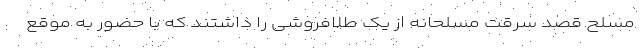
مسلح قصد سرقت مسلحانه از یک طلافروشی را داشتند که با حضور به موقع